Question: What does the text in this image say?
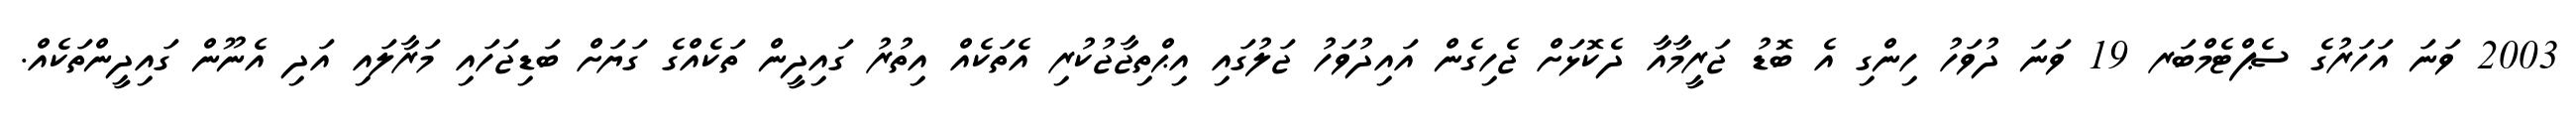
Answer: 2003 ވަނަ އަހަރުގެ ސެޕްޓެމްބަރ 19 ވަނަ ދުވަހު ހިންގި އެ ބޮޑު ޖަރީމާއާ ދެކޮޅަށް ޖެހިގެން އައިދުވަހު ޖަލުގައި އިޙްތިޖާޖުކުރި އެތަކެއް އިތުރު ގައިދީން ތަކެއްގެ ގަޔަށް ބަޑިޖަހައި މަރާލައި އަދި އެނޫން ގައިދީންތަކެއް.